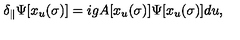
\delta _ { \parallel } \Psi [ x _ { u } ( \sigma ) ] = i g A [ x _ { u } ( \sigma ) ] \Psi [ x _ { u } ( \sigma ) ] d u ,